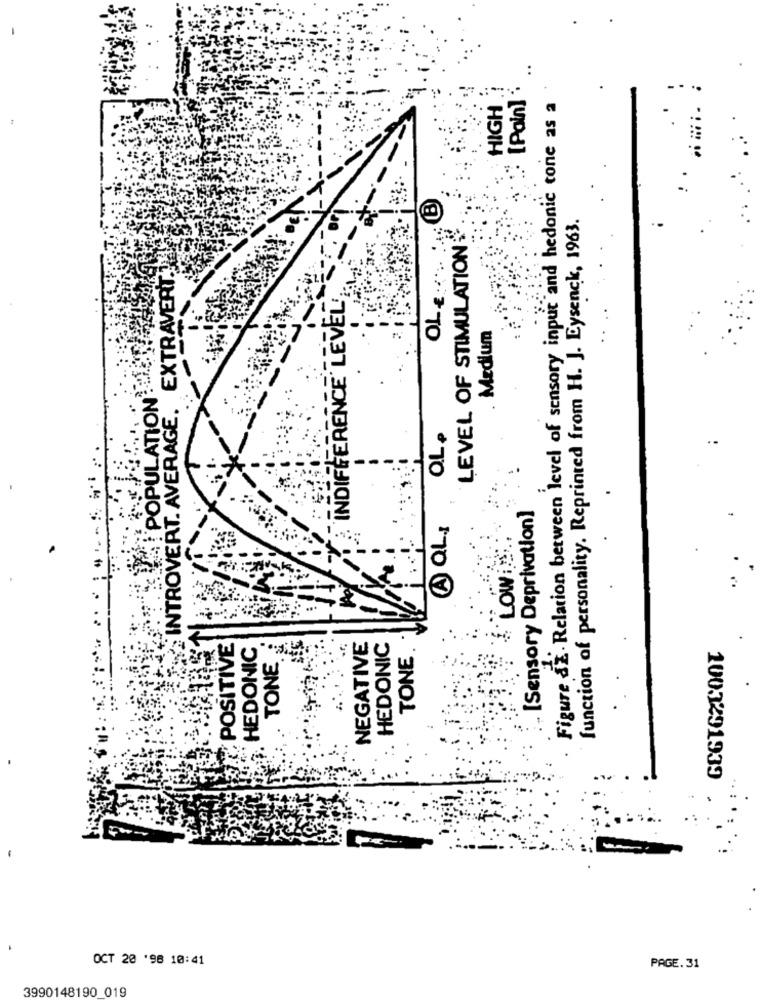
[Pain]
HIGH
Figure dE. Relation between level of sensory input and hedonic tone as a
function of personality. Reprinted from H. J. Eysenck, 1963.
LEVEL OF STIMULATION
OLE ....
EXTRAVERT.
INDIFFERENCE LEVEL
Medium
POPULATION
INTROVERT. AVERAGE.
OL.
[Sensory Deprivation]
A QL .:
LOWIS
POSITIVE
HEDONIC
NEGATIVE
HEDONIC
TONE
TONE
OCT 20 '98 10:41
PAGE. 31
3990148190 019